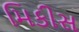
મિકીસ